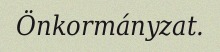
Önkormányzat.